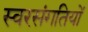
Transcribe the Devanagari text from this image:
स्वरसंगतियों